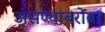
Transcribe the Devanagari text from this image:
असण्याबरोबर